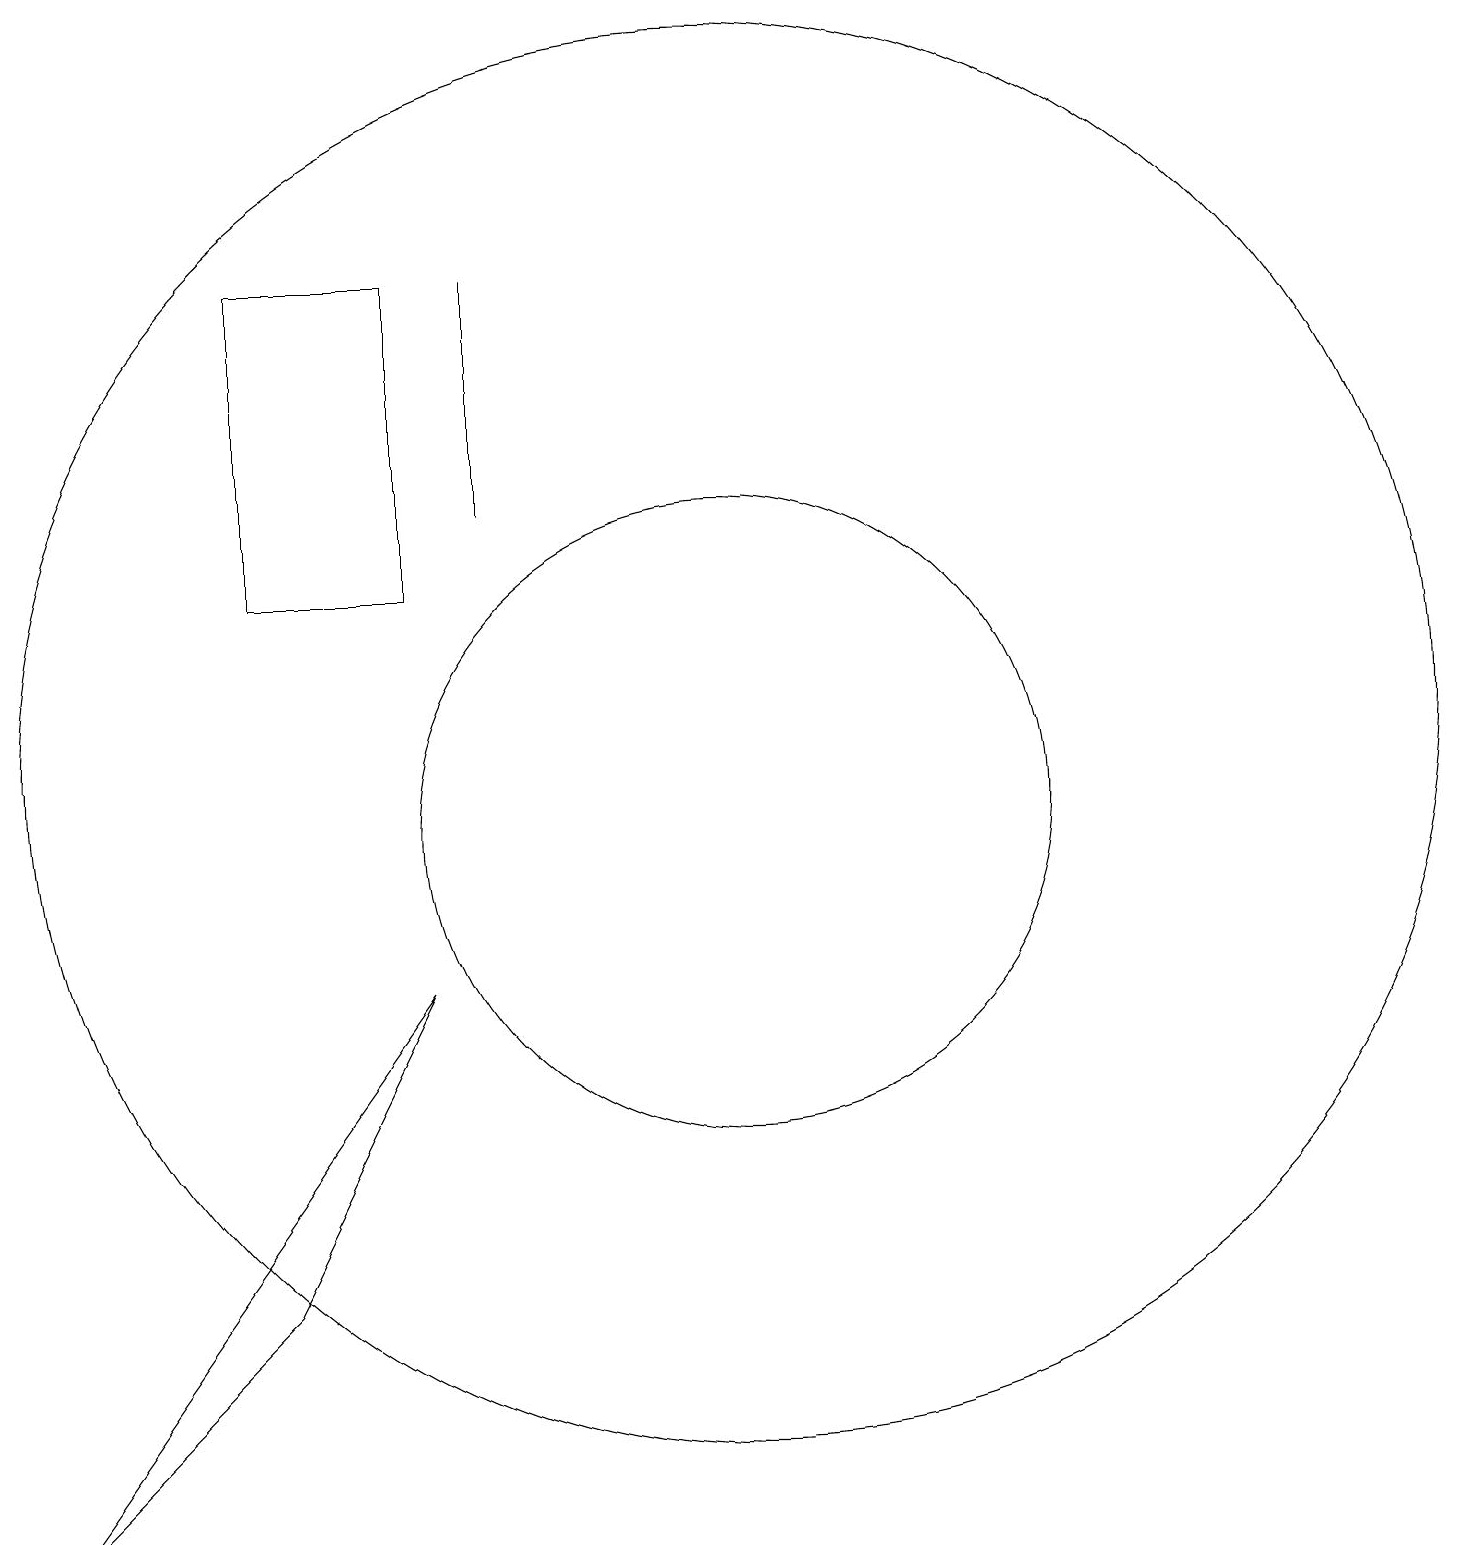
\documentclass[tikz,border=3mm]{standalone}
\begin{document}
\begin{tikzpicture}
\draw (7,14) rectangle (7,17);
\draw (10,11) circle (9);
\draw (6,8) -- (1,1) -- (4,4) -- cycle;
\draw (6,17) rectangle (4,13);
\draw (10,10) circle (4);
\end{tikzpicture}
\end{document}